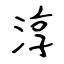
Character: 淳